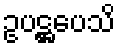
ဥပဋ္ဌပေသိ